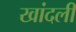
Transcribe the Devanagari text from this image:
खांदली